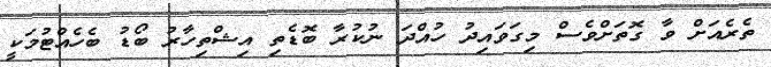
ތެރެއަށް ވާ ގޮތަށްވެސް މިގަވައިދު ހުއްދަ ނުކުރާ ބޮޑެތި އިޝްތިހާރު ބޯޑު ބެހެއްޓުމަކީ